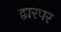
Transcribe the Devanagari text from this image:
द्वारपर